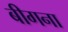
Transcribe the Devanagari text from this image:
बीगना